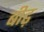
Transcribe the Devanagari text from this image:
बीढ़